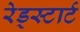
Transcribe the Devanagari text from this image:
रेड्स्टार्ट